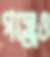
গঞ্জেও